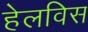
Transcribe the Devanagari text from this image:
हेलविस